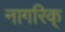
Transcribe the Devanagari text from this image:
नागरिक्